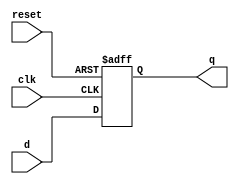
module d_ff(q, d, clk, reset);
  input d, clk, reset;
  output q;
  reg q;
  always @ (posedge clk or negedge reset)
  begin
    if (!reset)
      q <= 1'b0;
    else
      q <= d;
  end
endmodule

module reg_32bit(q, d, clk, reset);
  input [31:0]d;
  input clk, reset;
  output [31:0]q;
  genvar j;
  generate for(j = 0; j < 32; j = j + 1)
    begin: ff32
      d_ff d1(q[j], d[j], clk, reset);
        // dff_sync_clear d1(d[j],reset, clk, q[j]); 
    end
  endgenerate
endmodule

module tb32reg;
  reg [31:0] d;
  reg clk,reset;
  wire [31:0] q;
  reg_32bit R(q,d,clk,reset);
  always
    #5 clk<=~clk;
  initial
  begin
    $monitor("clk: ",clk," Reset = ", reset, " D = %b ", d, "Q = %b ",q," time = ", $time);
    clk= 1'b1;
    reset=1'b0;//reset the register
    #20 reset=1'b1;
    #20 d=32'hAFAFAFAF;
    #200 $finish;
  end
endmodule


// module reg_32bit(
//     output [31:0] q,
//     input [31:0] d,
//     input clk,
//     input reset);

//   genvar num;

//   generate for (num = 0 ; num < 32 ; num = num + 1)
//     begin: ffs
//       dff_sync_clear dff( d[num], reset, clk, q[num] );
//     end
//   endgenerate
// endmodule

// module tb_reg32bit();

//   wire [31:0] q;
//   reg [31:0] d;
//   reg clk, reset;
//   reg_32bit register( q, d, clk, reset);

//   always @(clk)
//     #5 clk <= ~clk;

//   initial
//     $monitor("clk: ",clk," Reset = ", reset, " D = %b ", d, "Q = %b ",q," time = ", $time);

//   initial
//   begin
//     clk = 1'b1;
//     reset = 1'b0;
//     #20 reset = 1'b1;
//     #20 d = 32'hAFAFAFAF;
//     #200 $finish;
//   end

// endmodule